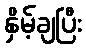
နှိမ့်ချပြီး